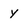
Character: y